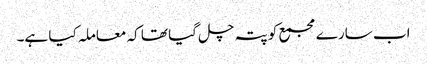
اب سارے مجمع کو پتہ چل گیا تھا کہ معاملہ کیا ہے۔